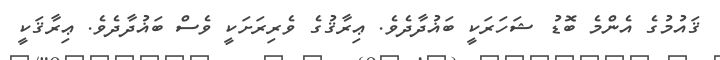
ޤައުމުގެ އެންމެ ބޮޑު ޝަހަރަކީ ބަޣުދާދެވެ. ޢިރާޤުގެ ވެރިރަށަކީ ވެސް ބަޣުދާދެވެ. ޢިރާޤަކީ